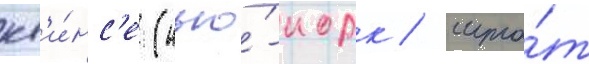
кв'и́нс'е (нью́-иорк / шта́т